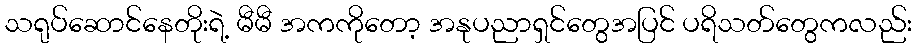
သရုပ်ဆောင်နေတိုးရဲ့ မီမီ အကကိုတော့ အနုပညာရှင်တွေအပြင် ပရိသတ်တွေကလည်း